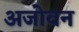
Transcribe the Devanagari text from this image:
अजोवन